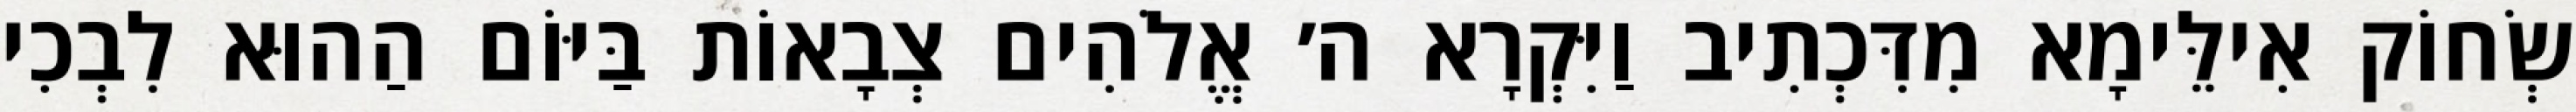
שְׂחוֹק אִילֵּימָא מִדִּכְתִיב וַיִּקְרָא ה׳ אֱלֹהִים צְבָאוֹת בַּיּוֹם הַהוּא לִבְכִי